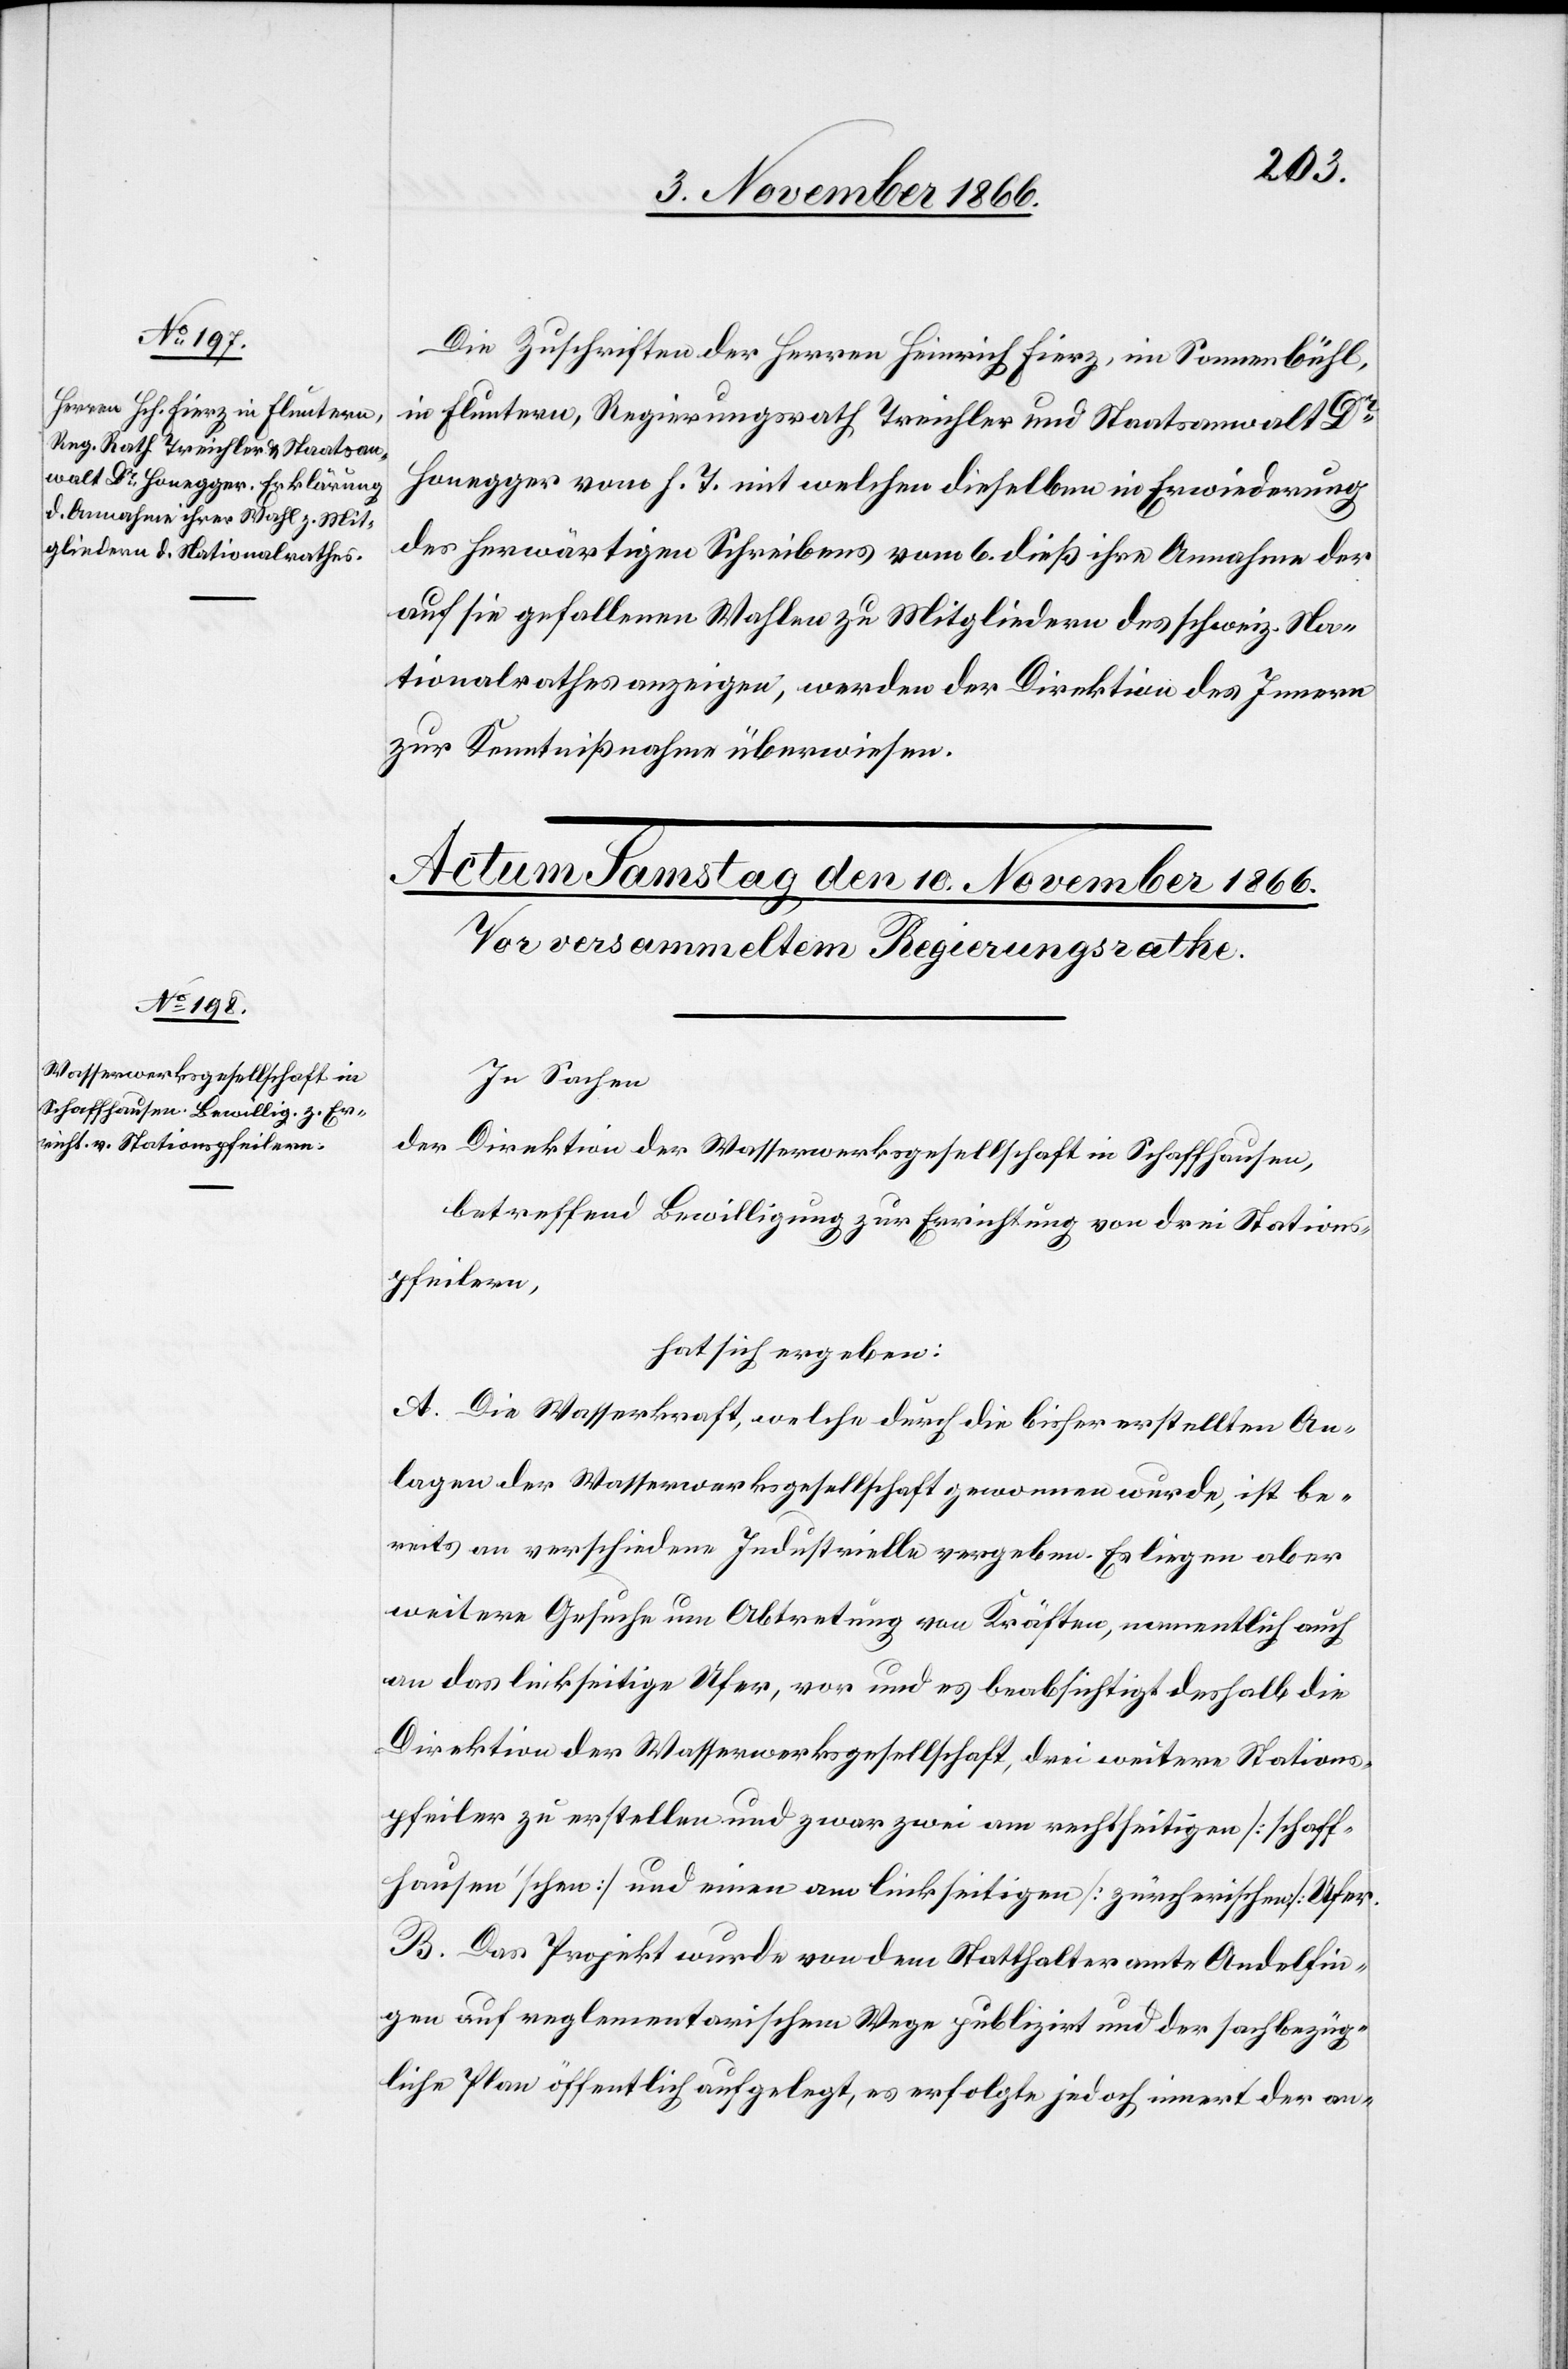
Die Zuschriften der Herren Heinrich Fierz, im Sonnenbühl,
in Fluntern, Regierungsrath Treichler und Staatsanwalt Dr.
Honegger vom h. T. mit welchen dieselben in Erwiederung
des herwärtigen Schreibens vom 6. dieß ihre Annahme der
auf sie gefallenen Wahlen zu Mitgliedern des schweiz. Na¬
tionalrathes anzeigen, werden der Direktion des Innern
zur Kenntnißnahme überwiesen.
In Sachen
der Direktion der Wasserwerksgesellschaft in Schaffhausen,
betreffend Bewilligung zur Einrichtung von drei Stations¬
pfeilern,
hat sich ergeben:
A. Die Wasserkraft, welche durch die bisher erstellten An¬
lagen der Wasserwerksgesellschaft gewonnen wurde, ist be¬
reits an verschiedene Industrielle vergeben. Es liegen aber
weitere Gesuche um Abtretung von Kräften, namentlich auch
an das linkseitige Ufer, vor und es beabsichtigt deshalb die
Direktion der Wasserwerksgesellschaft, drei weitere Stations¬
pfeiler zu erstellen und zwar zwei am rechtseitigen [schaff¬
hausen’schen] und einen am linkseitigen [zürcherischen] Ufer.
B. Das Projekt wurde von dem Statthalteramte Andelfin¬
gen auf reglementarischem Wege publizirt und der sachbezüg¬
liche Plan öffentlich aufgelegt, es erfolgte jedoch innert der an-